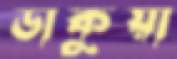
ডাকুয়া